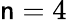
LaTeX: \mathsf{n}=4